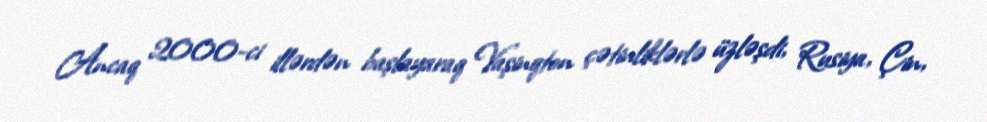
Ancaq 2000-ci illərdən başlayaraq Vaşinqton çətinliklərlə üzləşdi, Rusiya, Çin,